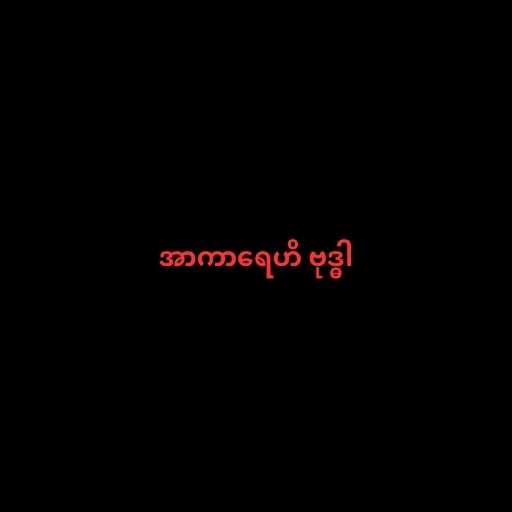
အာကာရေဟိ ဗုဒ္ဓါ